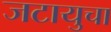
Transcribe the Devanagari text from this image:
जटायुचा